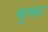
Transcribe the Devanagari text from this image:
मुस्कट